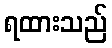
ရထားသည်